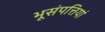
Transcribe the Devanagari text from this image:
भूसंपत्तियां